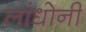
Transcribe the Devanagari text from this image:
लांधोनी